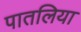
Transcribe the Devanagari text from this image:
पातलिया